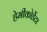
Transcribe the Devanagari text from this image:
हेमीकोर्डेटा